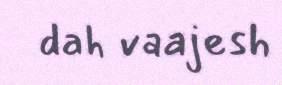
dah vaajesh